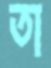
তা